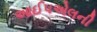
આઈપએલની